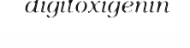
digitoxigenin